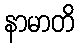
နာမာတိ